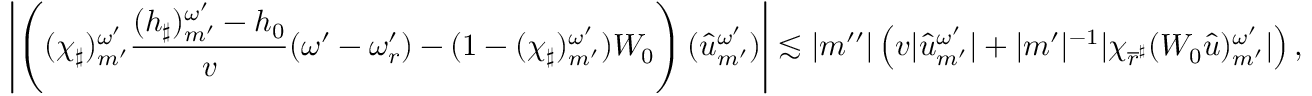
\left| \left( ( \chi _ { \sharp } ) _ { m ^ { \prime } } ^ { \omega ^ { \prime } } \frac { ( h _ { \sharp } ) _ { m ^ { \prime } } ^ { \omega ^ { \prime } } - h _ { 0 } } { v } ( { \omega ^ { \prime } } - \omega _ { r } ^ { \prime } ) - ( 1 - ( \chi _ { \sharp } ) _ { m ^ { \prime } } ^ { \omega ^ { \prime } } ) W _ { 0 } \right) ( { \widehat { u } } _ { m ^ { \prime } } ^ { \omega ^ { \prime } } ) \right| \lesssim | m ^ { \prime \prime } | \left( v | { \widehat { u } } _ { m ^ { \prime } } ^ { \omega ^ { \prime } } | + | m ^ { \prime } | ^ { - 1 } | \chi _ { \overline { { r } } ^ { \sharp } } ( W _ { 0 } { \widehat { u } } ) _ { m ^ { \prime } } ^ { \omega ^ { \prime } } | \right) ,